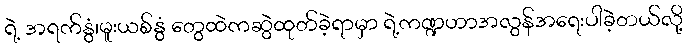
ရဲ့ အရက်နွံ၊မူးယစ်နွံ တွေထဲကဆွဲထုတ်ခဲ့ရာမှာ ရဲ့ကဏ္ဍဟာအလွန်အရေးပါခဲ့တယ်လို့